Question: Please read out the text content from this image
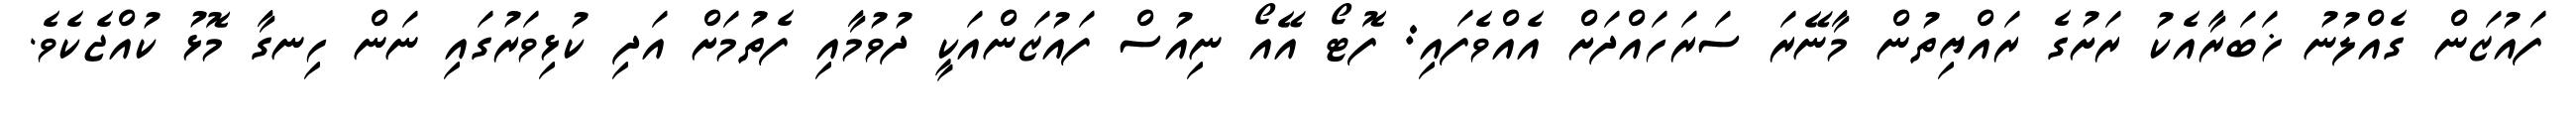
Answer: ފައުޒަން ގެއްލުނު ޚަބަރާއެކު ރަށުގެ ރައްޔިތުން މާނޭރަ ސަރަހައްދަށް އެއްވެފައި: ފޮޓޯ އޭއޯ ނިއުސް ފައުޒަންއަކީ ދުވުމާއި ފެތުމަށް އަދި ކުޅިވަރުގައި ނަން ހިނގާ މޮޅު ކުއްޖެކެވެ.